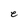
Character: e